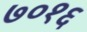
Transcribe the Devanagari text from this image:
७०१६